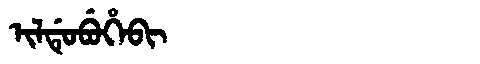
Manchu: ᡳᠯᡩᡠᠪᡠᡥᡝᠪᡳ
Romanization: ILDUBUHEBI